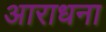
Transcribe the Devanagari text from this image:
अाराधना